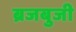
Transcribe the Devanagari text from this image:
ब्रजबुजी